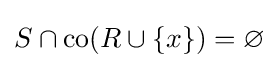
S\cap \operatorname {co} (R\cup \{x\})=\varnothing